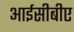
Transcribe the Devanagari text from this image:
आईसीबीए